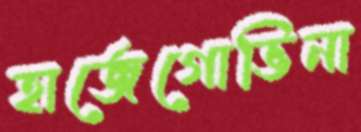
হার্জেগোভিনা